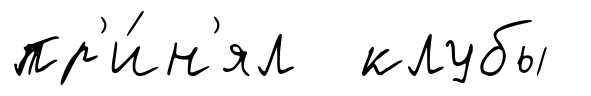
пр'и́н'ял клубы